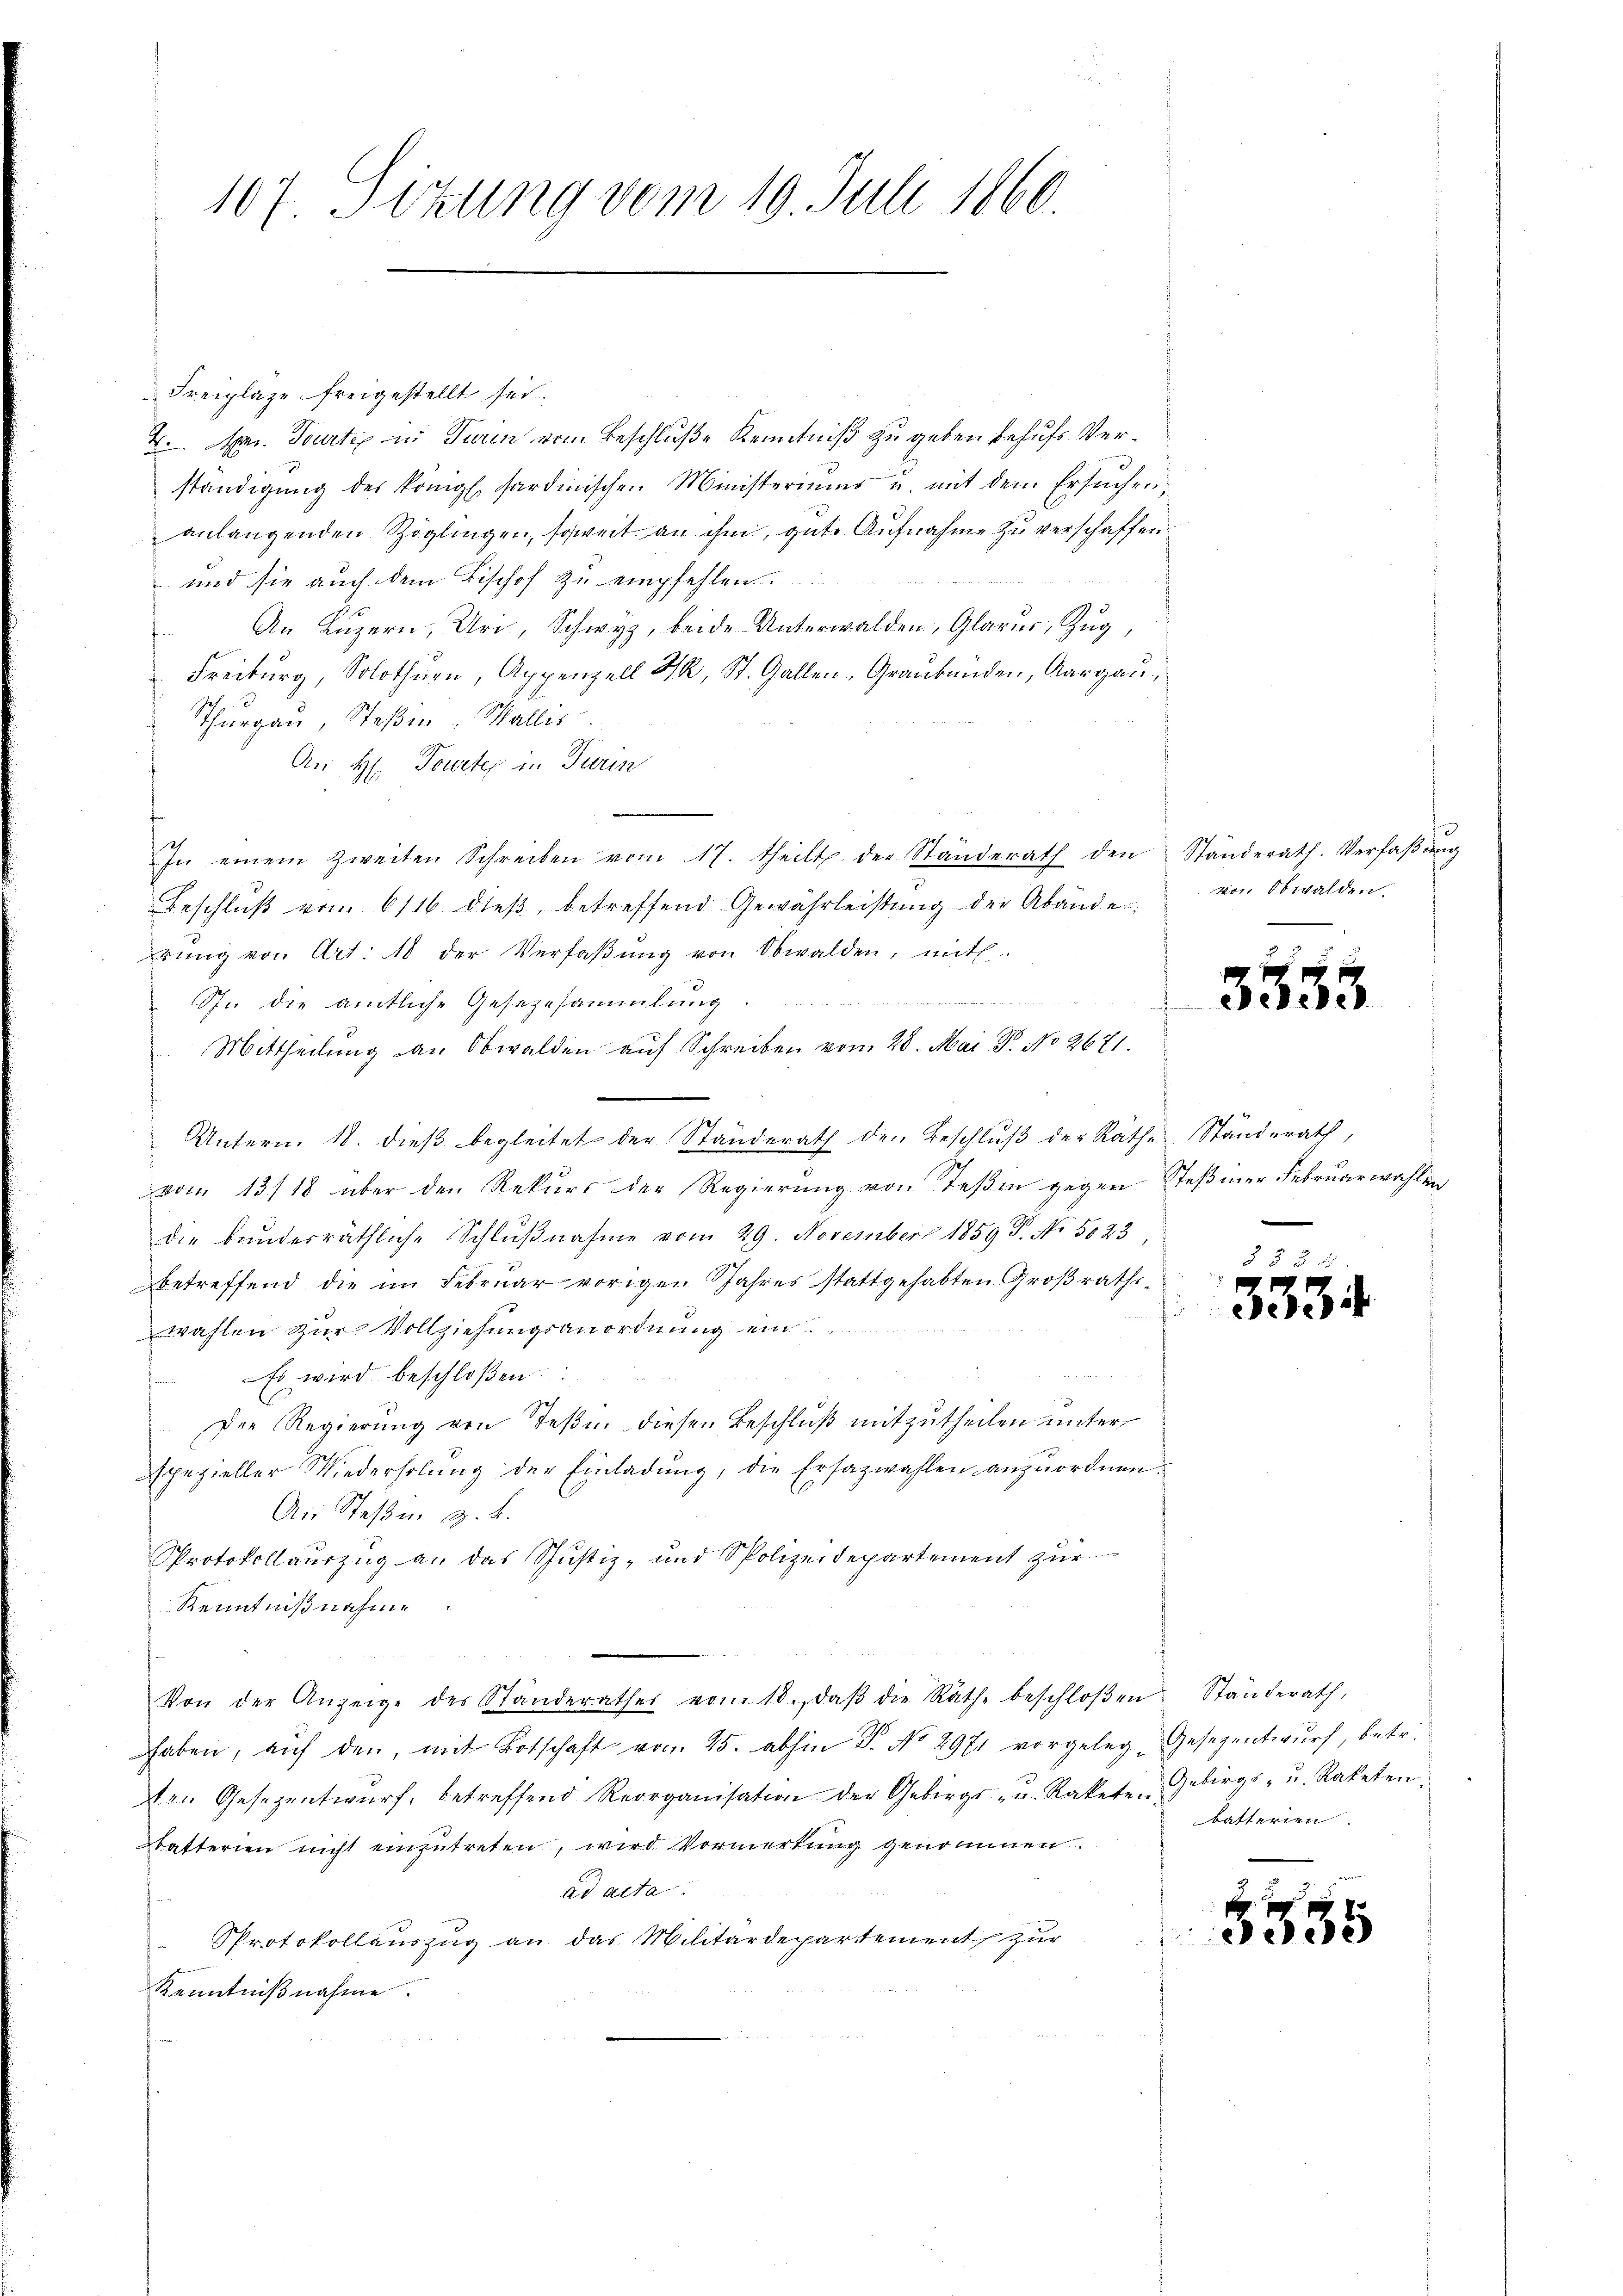
107. Sitzung vom 19. Juli 1860.

Freiplaze freigestellt sei.
4. pr. Tourti in Turin vom Beschluße Kenntniß zu geben behufs Verständigŭng des königl. Sardinischen Ministeriums u. mit dem Ersuchen,
anlangenden Zöglingen, soweit an ihm, gute Aufnahme zu verschaffen.
 und sie auch dem Bischof zu empfehlen.
An Luzern, Uri, Schwyz, beide Unterwalden, Glarus, Zug,
Freiburg, Solothurn, Appenzell I., St. Gallen, Graubünden, Aargau,
Thurgau, Steßin Wallis
An H. Tourter in Turin
In einem Zweiten Schreiben vom 17. theilt der Standerath den
Beschlŭβ vom 6116 dieβ, betreffend Gewährleistŭng der Abände
rŭng von Art. 18 der Verfaβŭng von Obwalden, mit
 111 447 488 188
Spr. die amtliche Gesezesammlung
Mittheilung an Obwalden auf Schreiben vom 28. Mai P. No 2671.
Untern. 18. dieβ begleitet der Ständerath den Beschlŭβ der Rathe Ständerath,
vom 13./18 über den Rekŭrs der Regierŭng von Teβen gegen Steβmer Februarwahlen
die bundesräthliche Schlŭβnahme vom 29. November 1859 P. Nr. 5023
betreffend die im Februar vorigen Jahres stattgehabten Groβraths-
wahlen zur Vollziehungsanordnung ein
 Es wird beschloßen:
Der Regierung von Teßin diesen Beschluß mitzutheilen unter
spezieller Wiederholŭng der Einladŭng, die Ersazwahlen anzuordnen.
An Steßen z. B.
Protokollauszug an das Justiz- und Spolizeidepartement zŭr
Kenntnißnahme
Von der Anzeige des Standerathes vom 18. daβ die Räthe beschloßen Ständerath,
haben, aŭf den, mit Botschaft vom 25. abhin P. No 2971 vorgeleg-Gesezentwurf, betr.
ten Gesezentwŭrf betreffend Reorganisation der Gebirgs- u. Rakete Gebirgs- u. Raketen.
batterien nicht einzutreten, wird Vormerkung genommen.
ad acta.
.
Protokollauszug an das Militärdepartement zur
Kenntnißnahme.

Ständerath. Verfaßung
von Obwalden.

3553

35

batterien

55

35